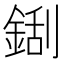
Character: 𮢏